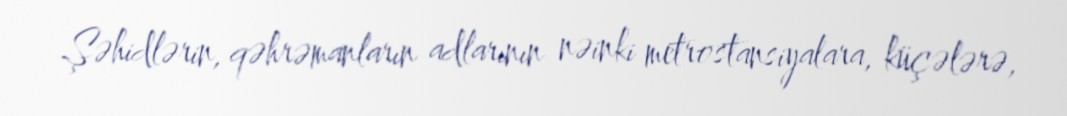
Şəhidlərin, qəhrəmanların adlarının nəinki metrostansiyalara, küçələrə,